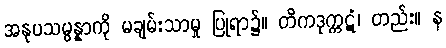
အနုပသမ္ပန္နာကို မချမ်းသာမှု ပြုရာ၌။ တိကဒုက္ကဋံ၊ တည်း။ န